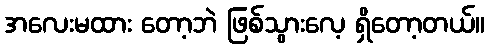
အလေးမထား တော့ဘဲ ဖြစ်သွားလေ့ ရှိတော့တယ်။